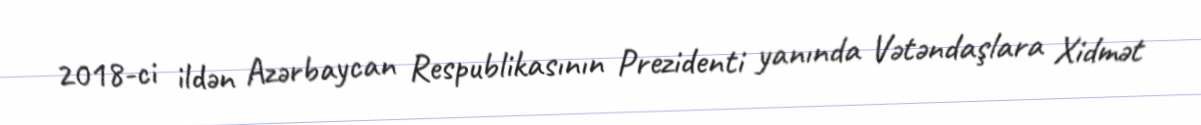
2018-ci ildən Azərbaycan Respublikasının Prezidenti yanında Vətəndaşlara Xidmət